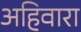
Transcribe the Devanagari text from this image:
अहिवारा